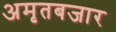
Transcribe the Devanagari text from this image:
अमृतबजार